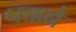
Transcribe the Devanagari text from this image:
पद्याने